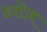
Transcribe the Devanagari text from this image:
डशेज़